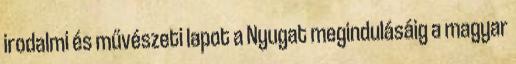
irodalmi és művészeti lapot a Nyugat megindulásáig a magyar